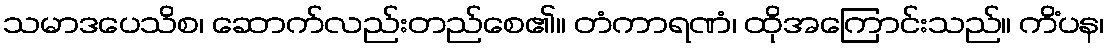
သမာဒပေသိစ၊ ဆောက်လည်းတည်စေ၏။ တံကာရဏံ၊ ထိုအကြောင်းသည်။ ကိံပန၊